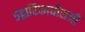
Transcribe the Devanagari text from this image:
५द्वारिकाधीशजी